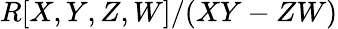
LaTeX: R[X,Y,Z,W]/(XY-ZW)